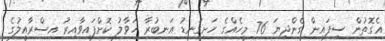
އެގޮތުން ސިފައިން ގެންދިޔަ 76 މީހެއްގެ ހަށިގަނޑު އަނބުރާ ހަވާލު ކޮށްފައިވާއިރު އިސްރާއީލުގެ